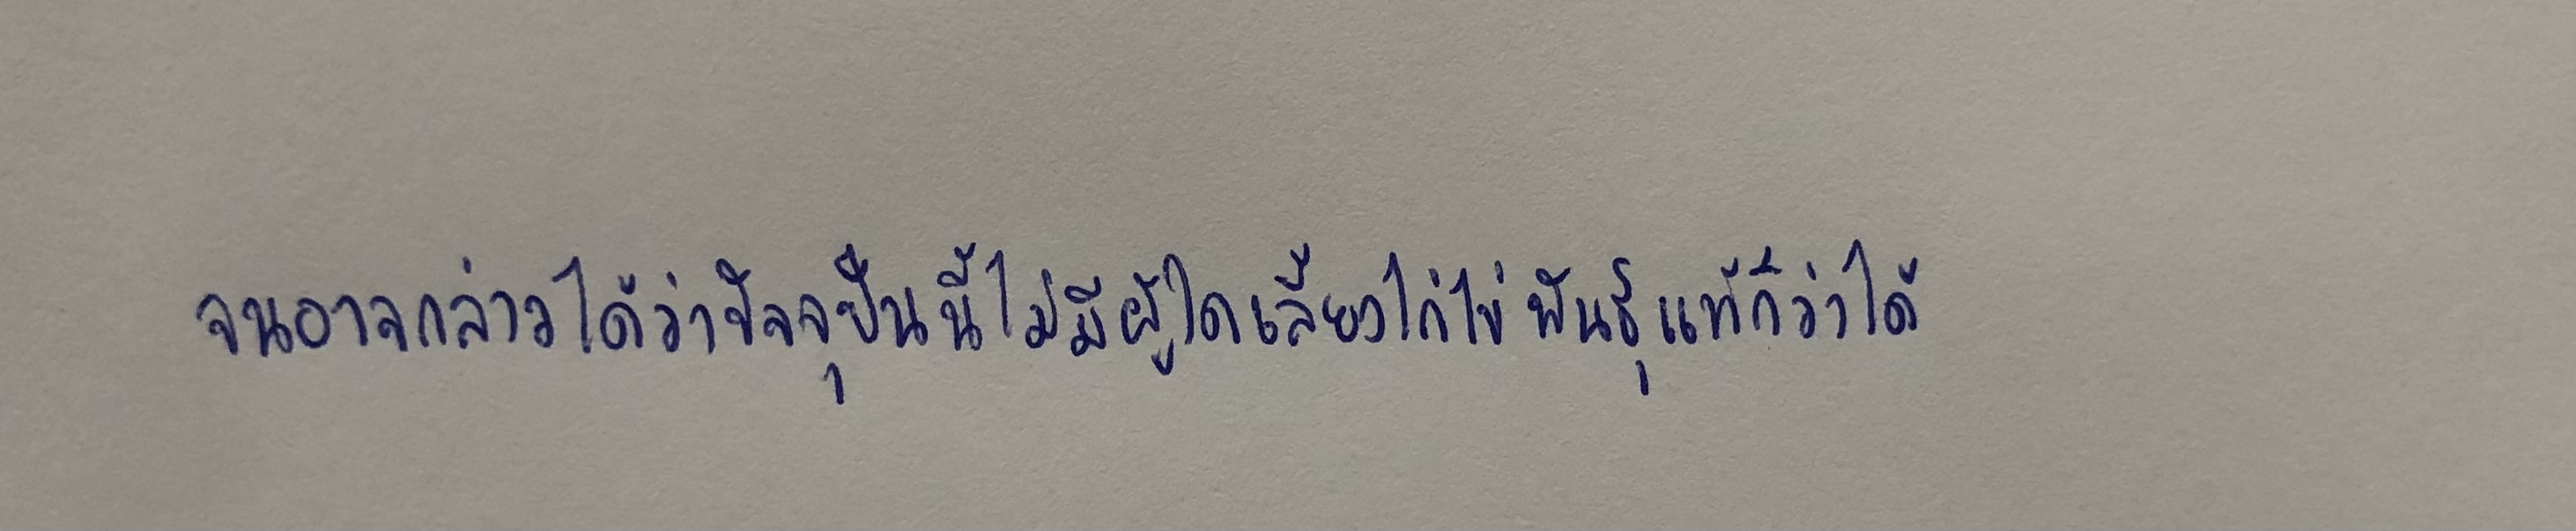
จนอาจกล่าวได้ว่าปัจจุบันนี้ไม่มีผู้ใดเลี้ยงไก่ไข่พันธุ์แท้ก็ว่าได้